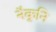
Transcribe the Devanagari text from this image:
नैकुनि